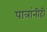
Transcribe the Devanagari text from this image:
पात्रांनीही